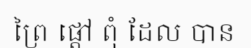
ព្រៃ ផ្តៅ ពុំ ដែល បាន